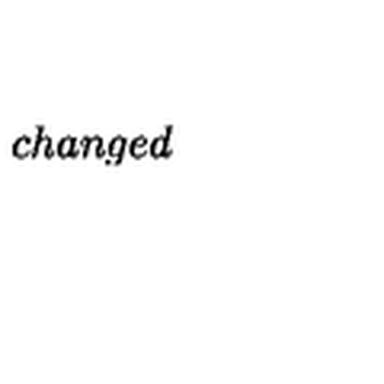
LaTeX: c h a n g e d